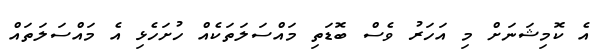
އެ ކޮމިޝަނަށް މި އަހަރު ވެސް ބޮޑަތި މައްސަލަތަކެއް ހުށަހެޅި އެ މައްސަލަތައް